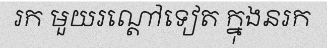
រក មួយរណ្តៅទៀត ក្នុងនរក